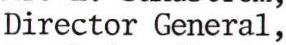
Director General,